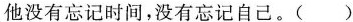
他没有忘记时间，没有忘记自己。( )